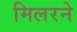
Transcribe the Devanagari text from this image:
मिलरने